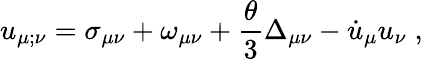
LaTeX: u_{\mu;\nu}=\sigma_{\mu\nu}+\omega_{\mu\nu}+\frac{\theta}{3}\Delta_{\mu\nu}-\dot{u}_{\mu}u_{\nu}\; ,